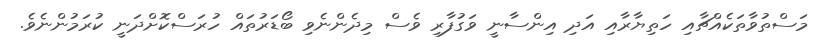
މަސްތުވާތަކެއްޗާއި ހަތިޔާރާއި އަދި އިންސާނީ ވަގުފާރި ވެސް މިދެންނެވި ބޯޑަރުތައް ހުރަސްކޮށްދަނީ ކުރަމުންނެވެ.